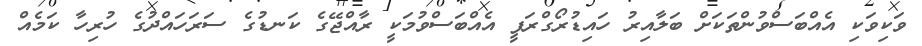
ވަކިވަކި އެއްބަސްވުންތަކަށް ބަލާއިރު ހައިޑުރޯގްރަފީ އެއްބަސްވުމަކީ ރާއްޖޭގެ ކަނޑުގެ ސަރަހައްދުގެ ހުރިހާ ކަމެއް